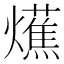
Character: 爑